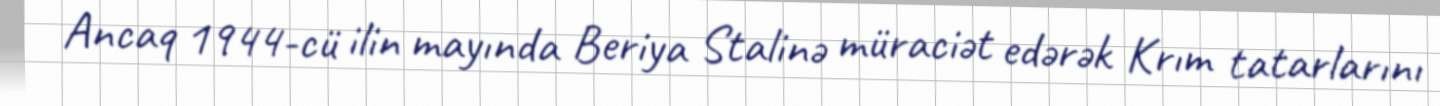
Ancaq 1944-cü ilin mayında Beriya Stalinə müraciət edərək Krım tatarlarını